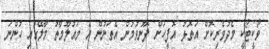
ވޯކީޓޯކީ މެދުވެރިކޮށް އަތޮޅު އޮފީހަށް ފޮނުވުމުން އެތަނުން އެ މައުލޫމާތު މާލޭގައި ހުންނަ